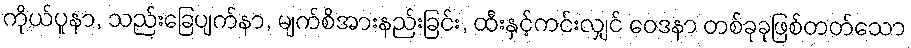
ကိုယ်ပူနာ, သည်းခြေပျက်နာ, မျက်စိအားနည်းခြင်း, ထီးနှင့်ကင်းလျှင် ဝေဒနာ တစ်ခုခုဖြစ်တတ်သော